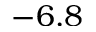
- 6 . 8